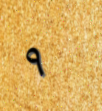
٩